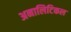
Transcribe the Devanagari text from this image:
अनालिटिकल